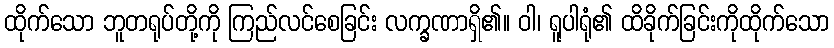
ထိုက်သော ဘူတရုပ်တို့ကို ကြည်လင်စေခြင်း လက္ခဏာရှိ၏။ ဝါ၊ ရူပါရုံ၏ ထိခိုက်ခြင်းကိုထိုက်သော